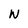
Character: w